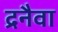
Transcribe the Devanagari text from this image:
द्रनैवा